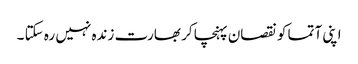
اپنی آتما کو نقصان پہنچا کر بھارت زندہ نہیں رہ سکتا ۔